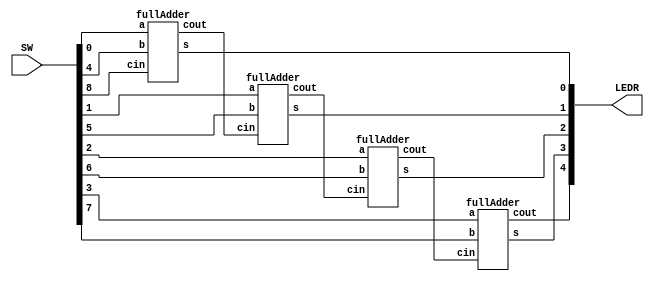
//SW[8:0] data inputs

//LEDR[0] output display

module ripple(LEDR, SW);
    input [8:0] SW;
    output [4:0] LEDR;
    wire w1, w2, w3;
    wire [3:0] s;

    assign LEDR[0] = s[0];
    assign LEDR[1] = s[1];
    assign LEDR[2] = s[2];
    assign LEDR[3] = s[3];

    fullAdder fa0(
        .a(SW[0]),
        .b(SW[4]),
        .cin(SW[8]),
        .cout(w1),
        .s(s[0])
        );

    fullAdder fa1(
        .a(SW[1]),
        .b(SW[5]),
        .cin(w1),
        .cout(w2),
        .s(s[1])
        );

    fullAdder fa2(
        .a(SW[2]),
        .b(SW[6]),
        .cin(w2),
        .cout(w3),
        .s(s[2])
        );

    fullAdder fa3(
        .a(SW[3]),
        .b(SW[7]),
        .cin(w3),
        .cout(LEDR[4]),
        .s(s[3])
        );

endmodule

module fullAdder(a, b, cin, cout, s);
    input a;
    input b;
    input cin;
    output cout, s;
    assign s = (~b&~a&cin) | (~b&a&~cin) | (b&a&cin) | (b&~a&~cin);
    assign cout = (b & a) | (a & cin) | (b & cin);

endmodule